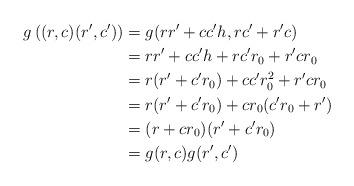
LaTeX: \begin{align*}g\left((r,c)(r',c')\right) & = g(rr'+cc'h,rc'+r'c) \\& = rr'+cc'h+rc'r_0+r'cr_0 \\& =r(r'+c'r_0)+cc'r_0^2+r'cr_0 \\& = r(r'+c'r_0)+cr_0(c'r_0+r') \\& = (r+cr_0)(r'+c'r_0) \\& = g(r,c)g(r',c')\end{align*}